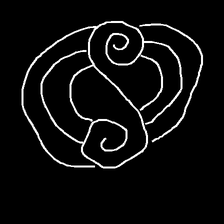
Glyph: wind-underfoot